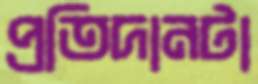
প্রতিদানটা